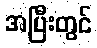
အပြီးတွင်